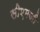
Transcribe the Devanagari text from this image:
सीएमजी